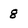
Character: 8